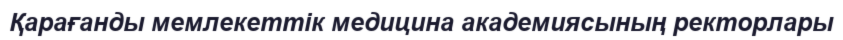
Қарағанды мемлекеттік медицина академиясының ректорлары